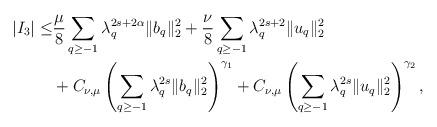
LaTeX: \begin{align*}|I_3|\leq &\frac\mu{8}\sum_{q\geq -1}\lambda_q^{2s+2\alpha}\|b_q\|_2^2+ \frac\nu{8}\sum_{q\geq -1}\lambda_q^{2s+2}\|u_q\|_2^2\\&+C_{\nu,\mu}\left(\sum_{q\geq -1}\lambda_q^{2s}\|b_q\|_2^2\right)^{\gamma_1}+C_{\nu,\mu}\left(\sum_{q\geq -1}\lambda_q^{2s}\|u_q\|_2^2\right)^{\gamma_2},\end{align*}